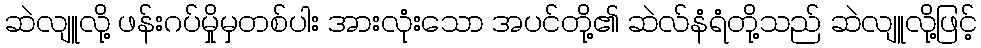
ဆဲလျူလို့ ဖန်းဂပ်မှိုမှတစ်ပါး အားလုံးသော အပင်တို့၏ ဆဲလ်နံရံတို့သည် ဆဲလျူလို့ဖြင့်